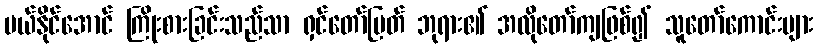
ပယ်နိုင်အောင် ကြိုးစားခြင်းသည်သာ ရှင်တော်မြတ် ဘုရား၏ အလိုတော်ကျဖြစ်၍ သူတော်ကောင်းများ